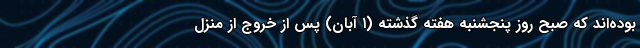
بوده‌اند که صبح روز پنجشنبه هفته گذشته (۱ آبان) پس از خروج از منزل